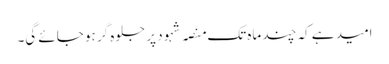
امید ہے کہ چند ماہ تک منصہ شہود پر جلوہ گر ہو جائے گی۔